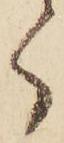
く